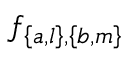
{ { f _ { \left\{ { a , l } \right\} , \left\{ { b , m } \right\} } } }